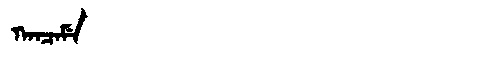
Manchu: ᡴᠠᠨᠴᠠᠮᡝ
Romanization: KANCAME